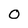
Character: O